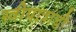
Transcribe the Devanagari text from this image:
स्त्रीपात्रांची